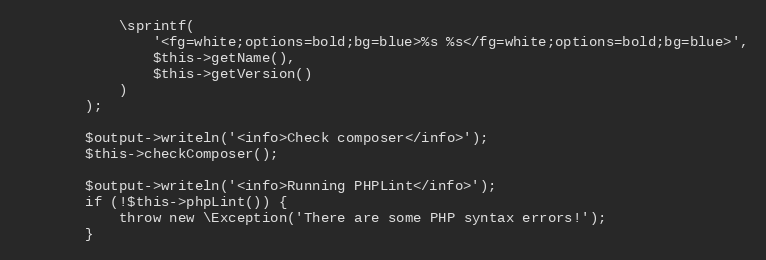
Language: PHP
            \sprintf(
                '<fg=white;options=bold;bg=blue>%s %s</fg=white;options=bold;bg=blue>',
                $this->getName(),
                $this->getVersion()
            )
        );

        $output->writeln('<info>Check composer</info>');
        $this->checkComposer();

        $output->writeln('<info>Running PHPLint</info>');
        if (!$this->phpLint()) {
            throw new \Exception('There are some PHP syntax errors!');
        }